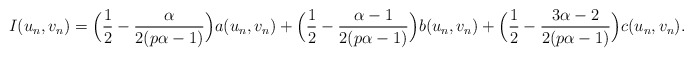
\begin{align*}I(u_{n},v_{n})=\Big(\frac{1}{2}-\frac{\alpha}{2(p\alpha-1)}\Big)a(u_{n},v_{n})+\Big(\frac{1}{2}-\frac{\alpha-1}{2(p\alpha-1)}\Big)b(u_{n},v_{n})+\Big(\frac{1}{2}-\frac{3\alpha-2}{2(p\alpha-1)}\Big)c(u_{n},v_{n}).\end{align*}